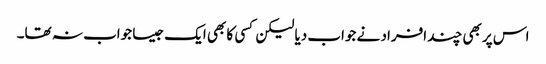
اس پر بھی چند افراد نے جواب دیا لیکن کسی کا بھی ایک جیسا جواب نہ تھا۔